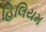
હિલિયમ